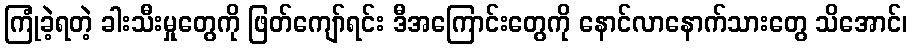
ကြုံခဲ့ရတဲ့ ခါးသီးမှုတွေကို ဖြတ်ကျော်ရင်း ဒီအကြောင်းတွေကို နောင်လာနောက်သားတွေ သိအောင်၊